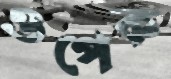
ওপেক